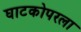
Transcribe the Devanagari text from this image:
घाटकोपरला